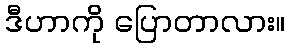
ဒီဟာကို ပြောတာလား။